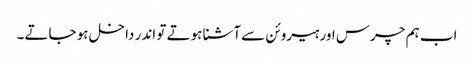
اب ہم چرس اور ہیروئن سے آشنا ہوتے تو اندر داخل ہو جاتے۔